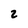
Character: 2